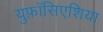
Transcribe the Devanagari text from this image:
युफ़ॉसिएशिया